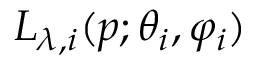
L _ { \lambda , i } ( p ; \theta _ { i } , \varphi _ { i } )